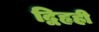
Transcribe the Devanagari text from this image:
द्विहृही